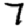
Digit: 7